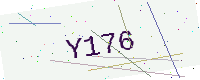
Text: Y176